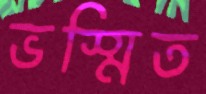
ভস্মিত